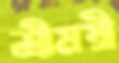
শ্রীময়ী